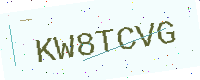
Text: KW8TCVG